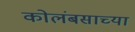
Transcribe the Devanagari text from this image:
कोलंबसाच्या